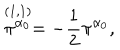
\stackrel { ( 1 , 1 ) } { \pi ^ { \alpha _ { 0 } } } = - { \frac { 1 } { 2 } } \pi ^ { \alpha _ { 0 } } ,